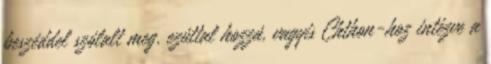
beszéddel szólalt meg, ezúttal hozzá, vagyis Chthon-hoz intézve a